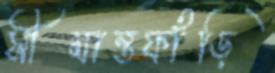
সীমান্তফাঁড়ি